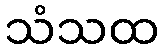
သံသထ